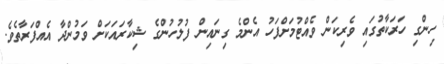
ހިންގި ހަރަކާތުގައި ވެރިކަން ވެއްޓުމަށްފަހު އެންމެ ގިނައިން ފުލުހުންގެ ޝިކާރައަކަށް ވަމުންދާ އެއްފަރާތެވެ.